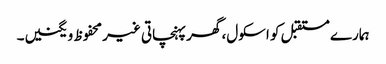
ہمارے مستقبل کو اسکول، گھر پہنچاتی غیر محفوظ ویگنیں۔